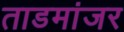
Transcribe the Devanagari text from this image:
ताडमांजर